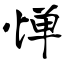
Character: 惮